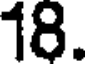
18.